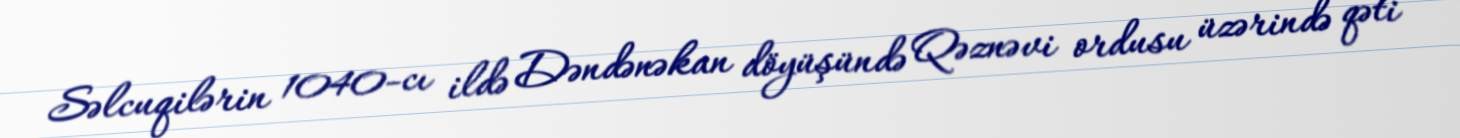
Səlcuqilərin 1040-cı ildə Dəndənəkan döyüşündə Qəznəvi ordusu üzərində qəti